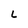
Character: L